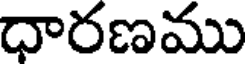
ధారణము